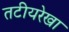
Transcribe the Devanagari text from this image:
तटीयरेखा